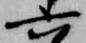
六